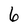
Character: 6